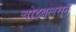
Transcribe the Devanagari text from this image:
चोइबलसन